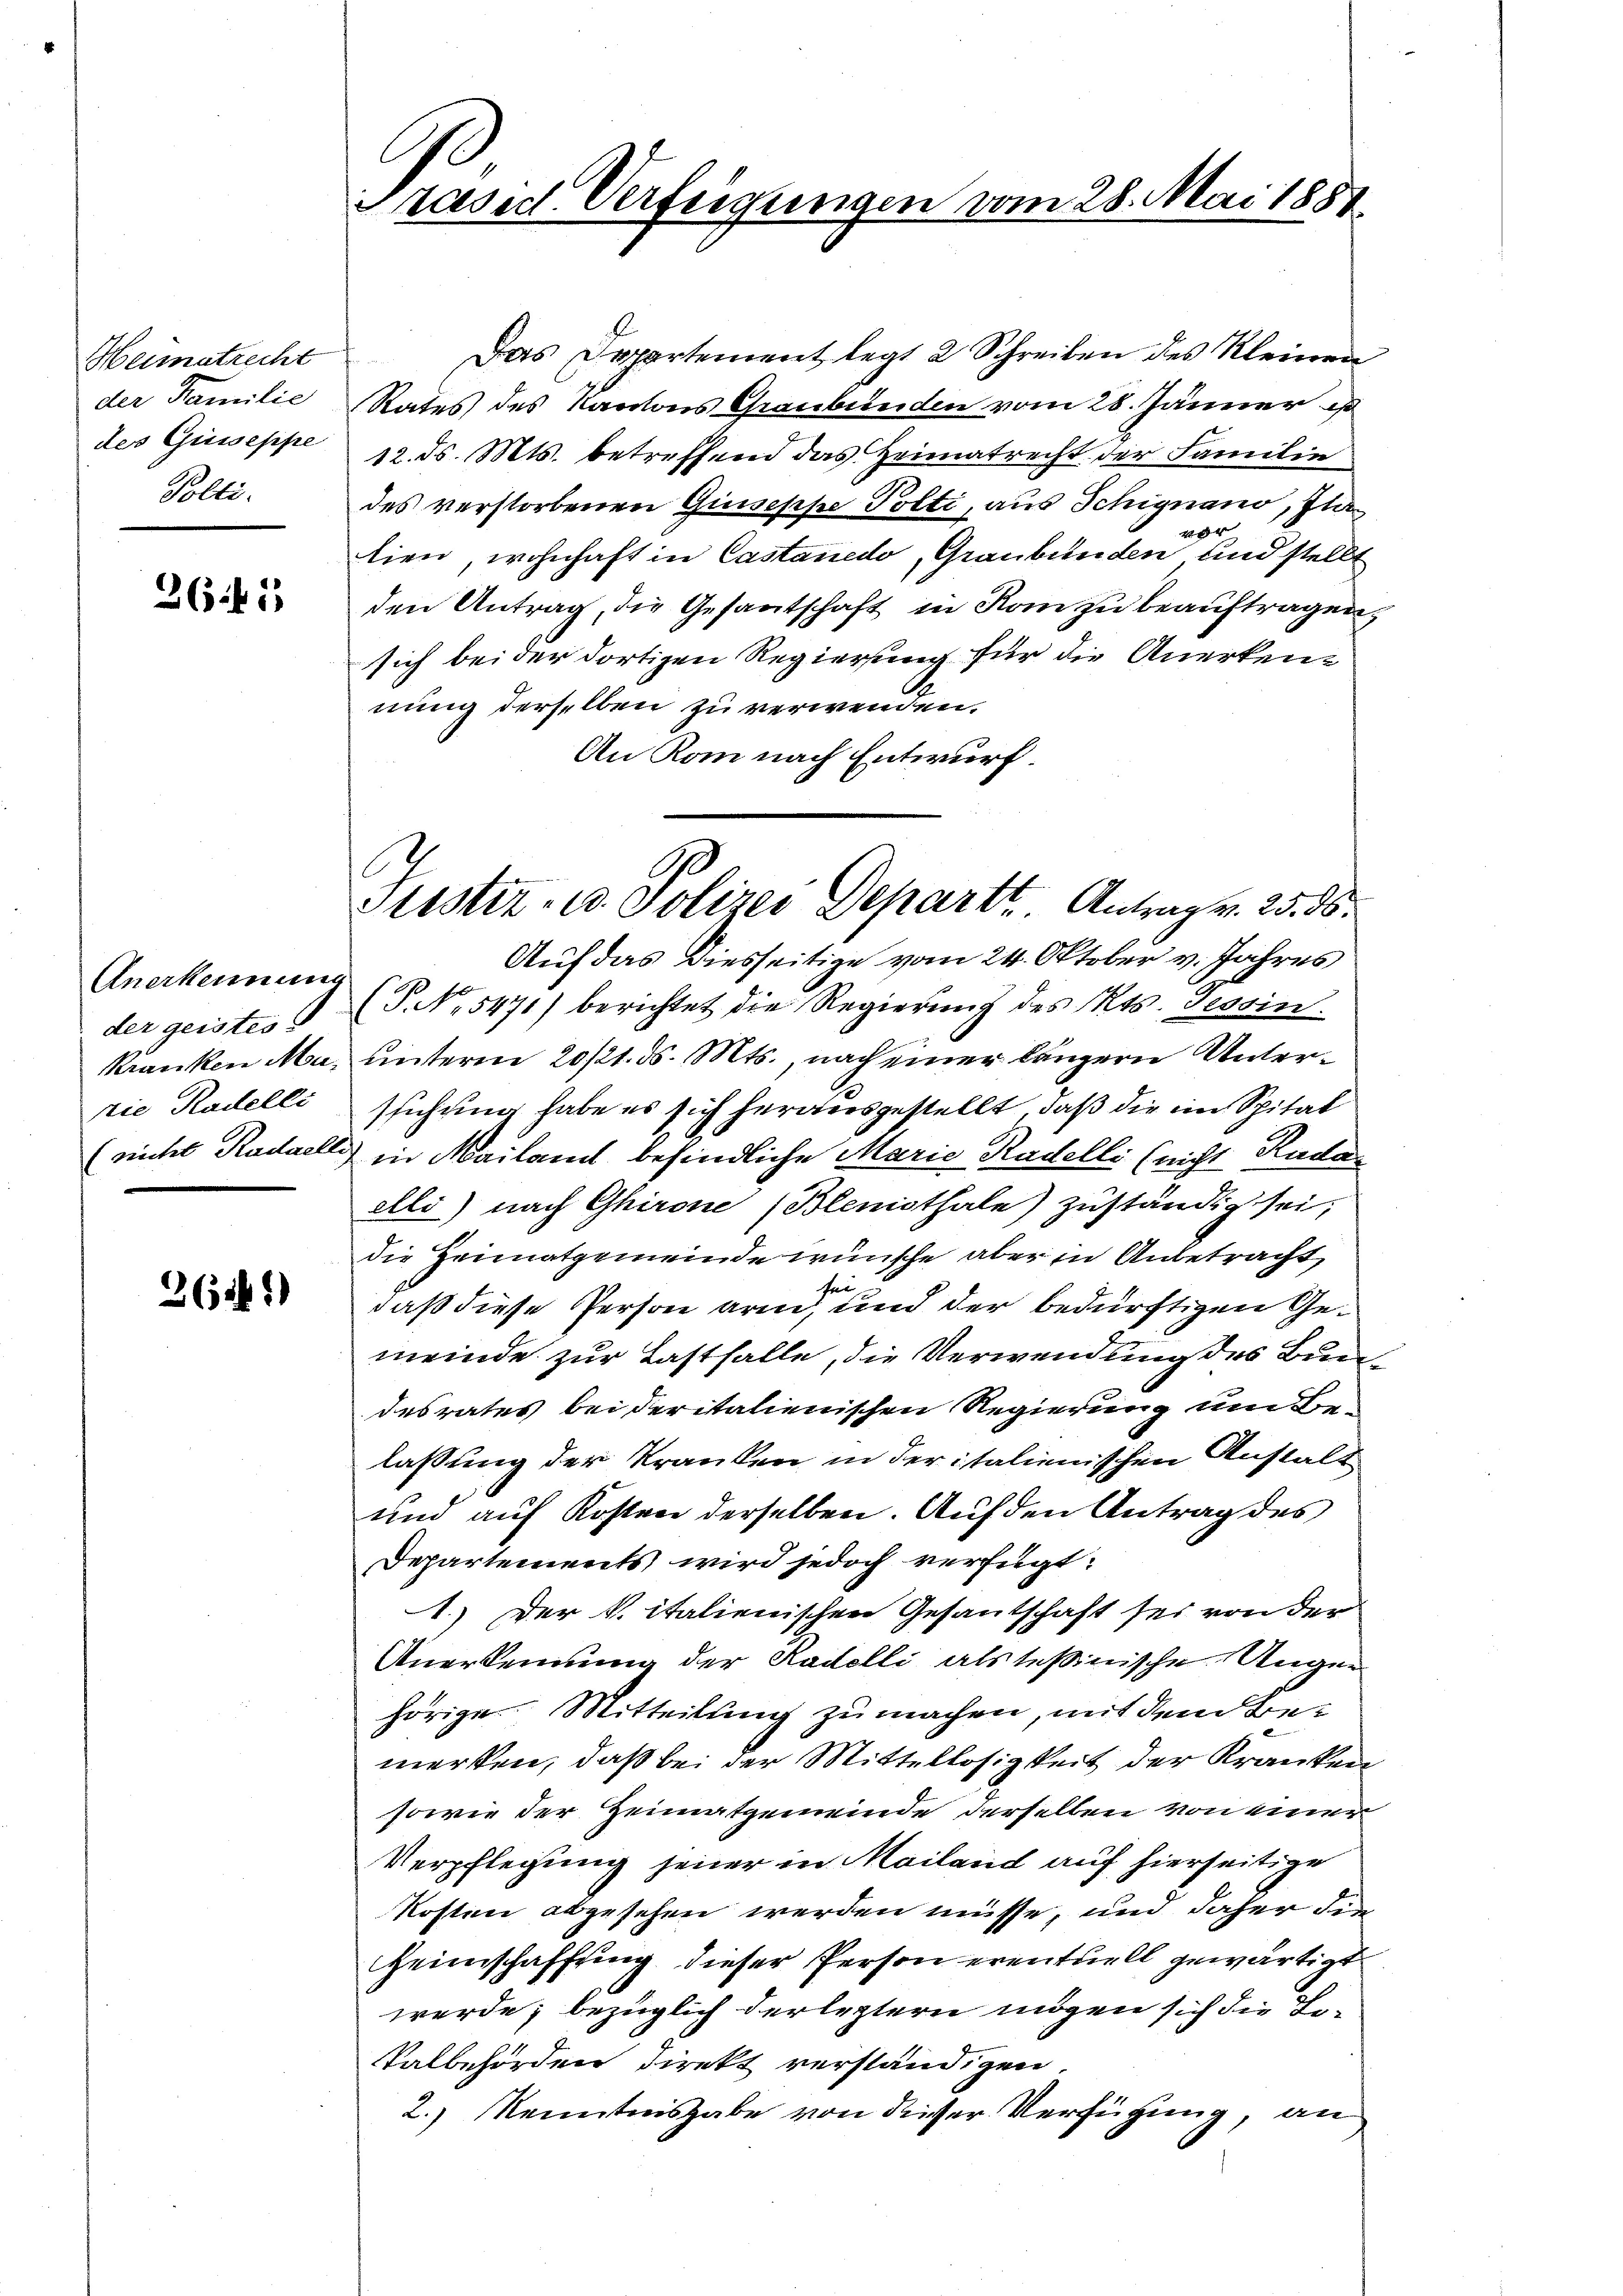
Heimatrecht
der Familie
des Giesseppe
Polti.

362

Anerkennung
der geistes
Nie Kadelli

26141)

Das Departement legt 2 Schreiben des Kleinen
Rates des Kantons Graubünden vom 28. Jänner e
12. ds. Mts. betreffend das Heimatrecht der Familie
des verstorbenen Quiseppe Polti, aus Schignano, Plavor
lien, wohnhaft in Castanedo, Graubünden und stellt
den Antrag, die Gesantschaft in Kam zu beauftragen,
sich bei der dortigen Regierung für die Anerkennung derselben zu verwenden.
An Rom nach Entwurf.
Auf das Diesseitige vom 24. Oktober v. Jahres
(P. Nr. 5471) berichtet die Regierung des Kts. Tessin.
Kranken Ma, unterm 20/21. d. Mts., nach einer längern Unterstichung habe es sich herausgestellt, daß die im Spital
(nicht Radaelli in Mailant befindliche Marie Radelli (nicht Kada
elló) nach Ghirone (Blemothale) zuständig sei;
die Heimatgemeinde wünsche aber in Anbetracht,
sei
daß diese Person arm, und der bedürftigen Gemeinde zur Lastfalle, die Verwendung des Bundesrates bei deritalienischen Regierung um Belassung der Kranken in der italienischen Anstalt
und auf Kosten derselben. Auf den Antrag des
Departements wird jedoch verfügt:
1.) Der k. italienischen Gesantschaft sei von der
Anerkennung der Kadelli als Teßinische Ungen
hörige Mitteilung zu machen, mit dem Bemerken, daß bei der Mittellosigkeit der Kranken
sowie der Heimatgemeinde derselben von einer
Verpflegung jener in Mailand auf hierseitige
Kosten abgesehen werden müsse, und daher die
Heimschaffung dieser Person eventuell gewärtigt
werde; bezüglich derletztern mögen sich die Be¬
Valbehörden direkt verständigen.
2.) Kenntnisgabe von desser Verfügung, an

Präsid. Verfeigungen vom 28. Mai 1851

Justiz- u. Polizei Departt. Antrag v. 25. 36.